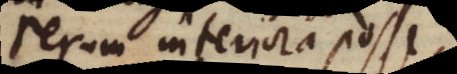
rerum interiora factum